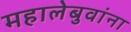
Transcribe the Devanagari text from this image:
महालेबुवांना